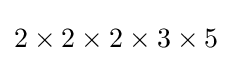
2\times 2\times 2\times 3\times 5